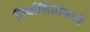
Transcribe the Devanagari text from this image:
निर्वासितांमध्ये